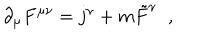
LaTeX: \partial _ { \mu } F ^ { \mu \nu } = j ^ { \nu } + m \tilde { F } ^ { \nu } \; \; ,